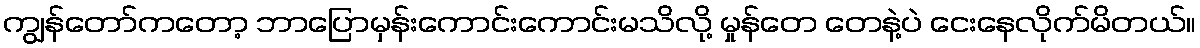
ကျွန်တော်ကတော့ ဘာပြောမှန်းကောင်းကောင်းမသိလို့ မှုန်တေ တေနဲ့ပဲ ငေးနေလိုက်မိတယ်။